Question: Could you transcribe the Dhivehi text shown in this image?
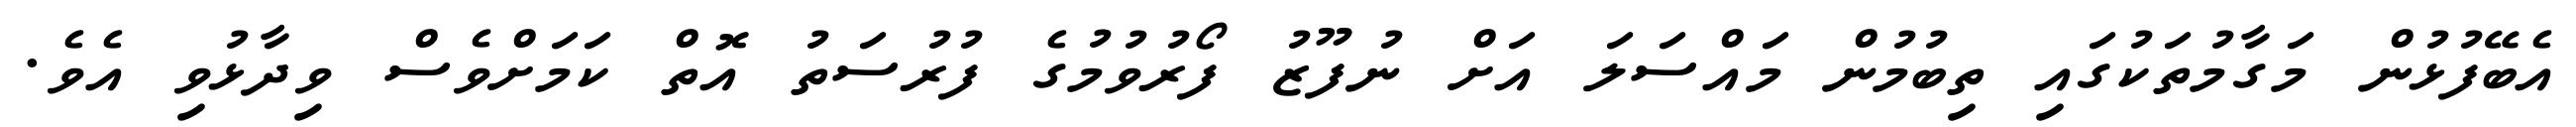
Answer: އެބޭފުޅުން މަގާމުތަކުގައި ތިބުމުން މައްސަލަ އަށް ނުފޫޒު ފޯރުވުމުގެ ފުރުސަތު އޮތް ކަމަށްވެސް ވިދާޅުވި އެވެ.